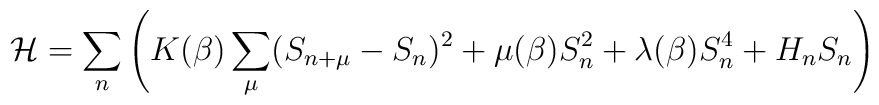
{\cal H} = \sum_n \left ( K(\beta) \sum_{\mu} (S_{n+\mu} -S_n)^2+\mu(\beta) S_n^2 +\lambda(\beta) S_n^4 + H_n S_n \right )